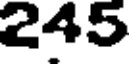
245